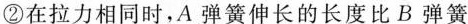
②在拉力相同时，A弹簧伸长的长度比B弹簧